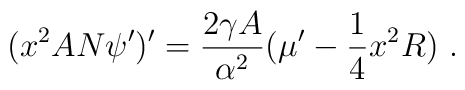
(x^2 AN \psi')' = \frac{2\gamma A}{\alpha^2} ({\mu'} -{1\over 4} x^2R)\ .